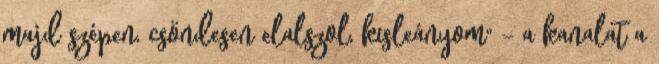
majd szépen, csöndesen elalszol, kisleányom" – a kanalat a